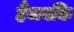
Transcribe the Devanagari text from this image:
हैंजबकि